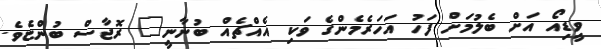
ވީޑިއޯ އަށް ބެލުމަށް ފަހު އަހަރެމެންގެ ވަކި އެއްޗެއް ބުނާނީ" ރޮޖާސް ބުންޏެވެ.